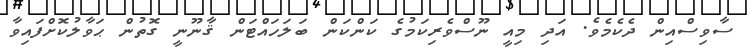
ސާވިސްއިން ދެކެމެވެ. އަދި މިއީ ނޫސްވެރިކަމުގެ ކަންކަން ބަލަހައްޓަން ޤާނޫނީ ގޮތުން ޙަވާލުކޮށްފައިވާ